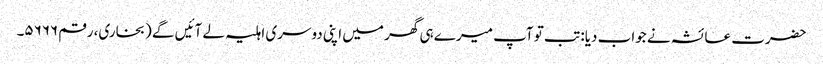
حضرت عائشہ نے جواب دیا: تب تو آپ میرے ہی گھر میں اپنی دوسری اہلیہ لے آئیں گے (بخاری، رقم ۵۶۶۶۔